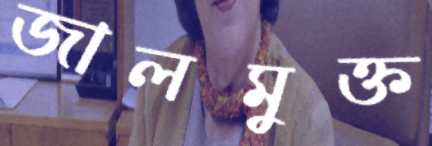
জালমুক্ত